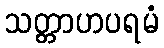
သတ္တာဟပရမံ